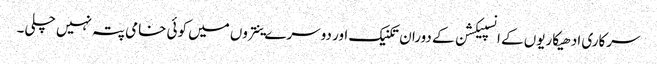
سرکاری ادھیکاریوں کے انسپیکشن کے دوران تکنیک اور دوسرے ینتروں میں کوئی خامی پتہ نہیں چلی۔